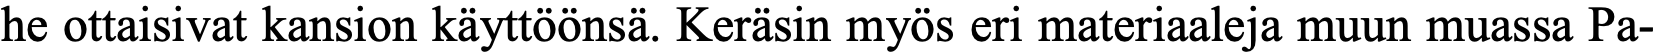
he ottaisivat kansion käyttöönsä. Keräsin myös eri materiaaleja muun muassa Pa-